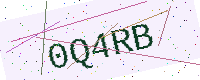
Text: 0Q4RB